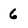
Character: 6